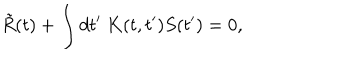
LaTeX: \tilde { R } ( t ) + \int d t ^ { \prime } \ K ( t , t ^ { \prime } ) S ( t ^ { \prime } ) = 0 ,